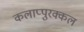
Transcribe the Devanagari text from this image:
कलाप्पुरक्कल